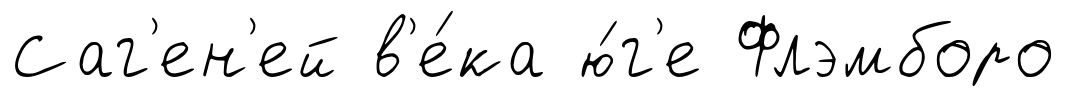
Саг'ен'ей в'е́ка ю́г'е Флэмборо